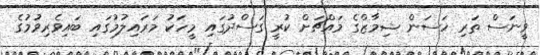
ވީނަސް ތަރި ހަސަން ޝިމާޒްގެ މައްޗަށް ކުރީ ގަސްދުގައި މީހަކު މަރައިލުމުގައި ބައިވެރިވުމުގެ